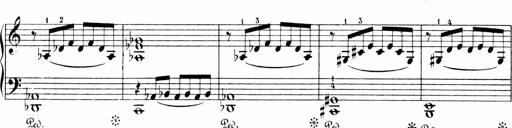
Title: 6 Sonatinas
Composer: Carl Reinecke